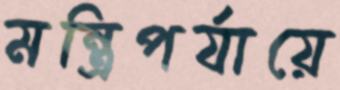
মন্ত্রিপর্যায়ে